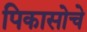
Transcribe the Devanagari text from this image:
पिकासोचे